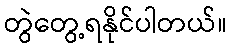
တွဲတွေ့ရနိုင်ပါတယ်။